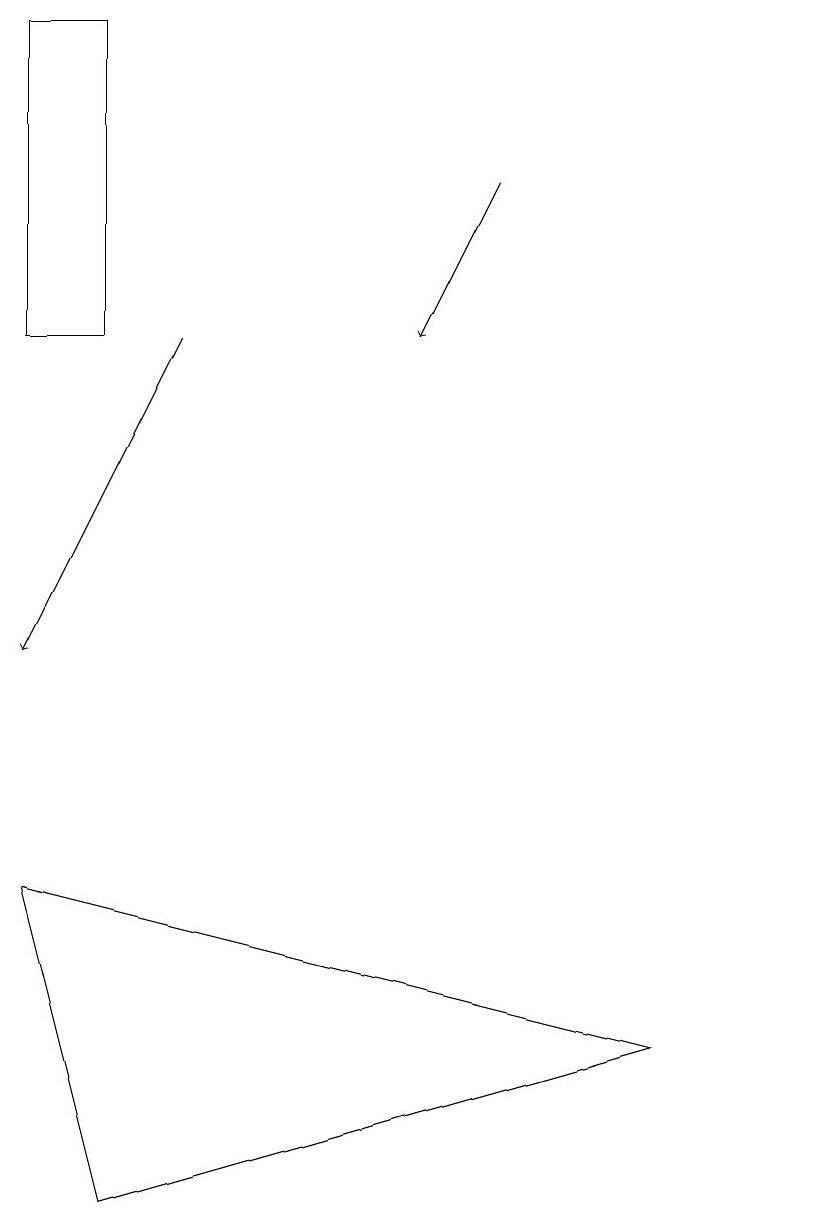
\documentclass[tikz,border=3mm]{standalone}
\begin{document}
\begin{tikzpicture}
\draw (1,19) rectangle (2,15);
\draw (9,6) -- (2,4) -- (1,8) -- cycle;
\draw (11,12) circle (0);
\draw[->] (7,17) -- (6,15);
\draw[->] (3,15) -- (1,11);
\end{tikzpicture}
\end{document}